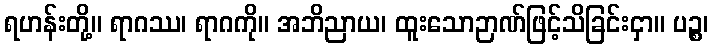
ရဟန်းတို့။ ရာဂဿ၊ ရာဂကို။ အဘိညာယ၊ ထူးသောဉာဏ်ဖြင့်သိခြင်းငှာ။ ပဉ္စ၊